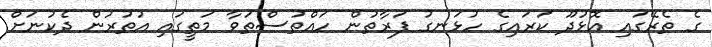
ގެ ތެރޭގައި އޮޅުދޫ ކަރައިގެ ހުޅަނގު ފަރާތުން ހައްތުސްތަވާ މަތީގައި އުތުރުން ދެކުނަށް